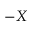
- X